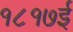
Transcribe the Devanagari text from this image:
१८१७ई